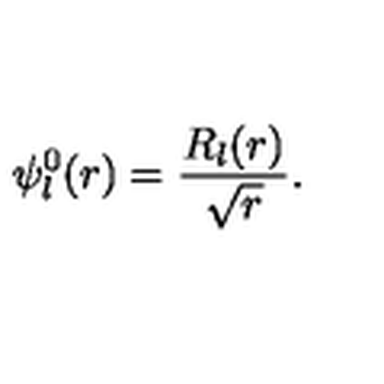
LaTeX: \psi _ { l } ^ { 0 } ( r ) = \frac { R _ { l } ( r ) } { \sqrt { r } } .